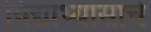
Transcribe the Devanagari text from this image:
विद्याभ्यासाचे